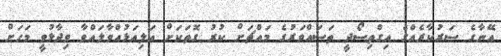
އޭނާގެ ސަރުކާރެއްގެ އިގްތިސޯދީ ތަސައްވަރުގެ މައްޗަށް ކުރު ގޮތަކަށް އަލިއަޅުއްވާލައްވާ ވިދާޅުވީ މަހަށް